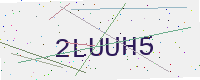
Text: 2LUUH5